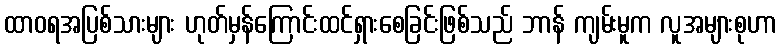
ထာဝရအပြစ်သားများ ဟုတ်မှန်ကြောင်းထင်ရှားစေခြင်းဖြစ်သည် ဘာန် ကျမ်းမူက လူအများစုဟာ